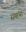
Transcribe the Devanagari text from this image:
समांनां